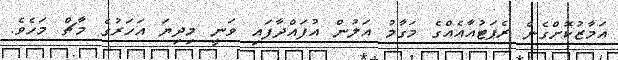
އަމާޒުކޮށްގެން ރެޕަޓުއާއެއްގެ މަގާމު އަލުން އުފައްދާފައި ވަނީ މިދިޔަ އަހަރުގެ މާޗް މަހެވެ.